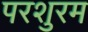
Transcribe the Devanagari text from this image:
परशुरम